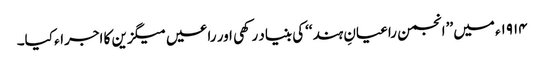
۱۹۱۴ء میں ’’انجمن راعیانِ ہند‘‘کی بنیاد رکھی اور راعیں میگزین کا اجراء کیا۔